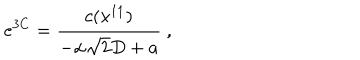
e ^ { 3 C } = { \frac { c ( x ^ { 1 1 } ) } { - \alpha \sqrt { 2 } D + a } } \ ,